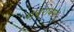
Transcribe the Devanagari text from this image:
सुबुराबण